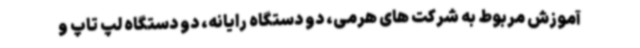
آموزش مربوط به شرکت های هرمی، دو دستگاه رایانه، دو دستگاه لپ تاپ و